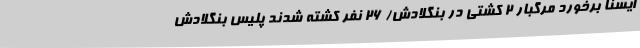
ایسنا برخورد مرگبار 2 کشتی در بنگلادش/ 26 نفر کشته شدند پلیس بنگلادش